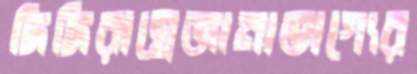
দিদিরাস্নেজানাভাগ্যের